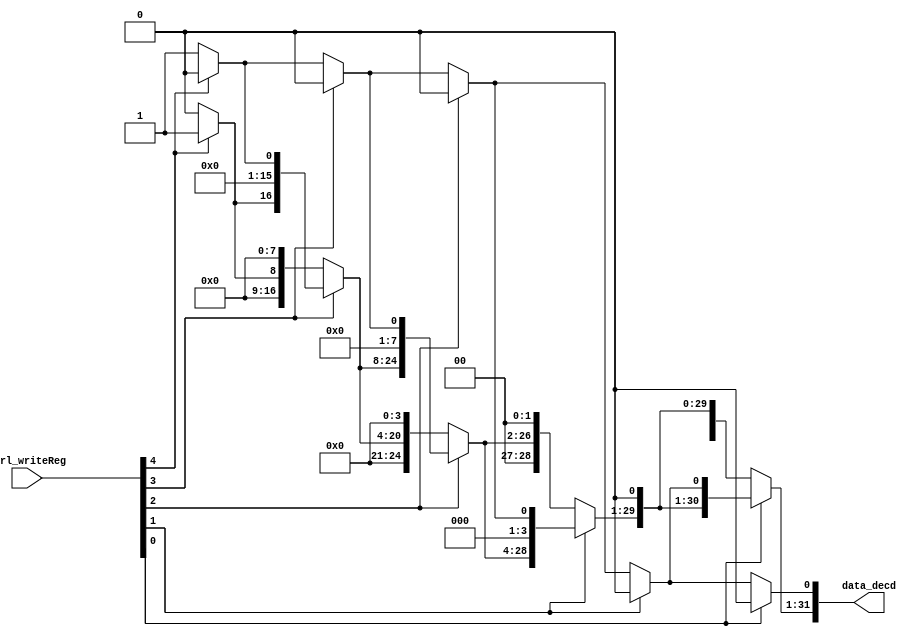
module Decd(ctrl_writeReg,data_decd);
   input [4:0] ctrl_writeReg;
   output [31:0] data_decd;
	
   wire [31:0] a;
   wire [31:0] r1,r2,r3,r4;
   wire [31:0] z;
	
   assign a = 32'h00000001;
   assign z = 32'h00000000;

   assign r1[31:16] = ctrl_writeReg[4]? a[15:0]:a[31:16];
   assign r1[15:0] = ctrl_writeReg[4]? z[15:0]:a[15:0];
	
   assign r2[31:8] = ctrl_writeReg[3]? r1[23:0]:r1[31:8];
   assign r2[7:0] = ctrl_writeReg[3]? z[7:0]:r1[7:0];
	
   assign r3[31:4] = ctrl_writeReg[2]? r2[27:0]:r2[31:4];
   assign r3[3:0] = ctrl_writeReg[2]? z[3:0]:r2[3:0];
	
   assign r4[31:2] = ctrl_writeReg[1]? r3[29:0]:r3[31:2];
   assign r4[1:0] = ctrl_writeReg[1]? z[1:0]:r3[1:0];
	
   assign data_decd[31:1] = ctrl_writeReg[0]? r4[30:0]:r4[31:1];
   assign data_decd[0] = ctrl_writeReg[0]? z[0]:r4[0];

endmodule